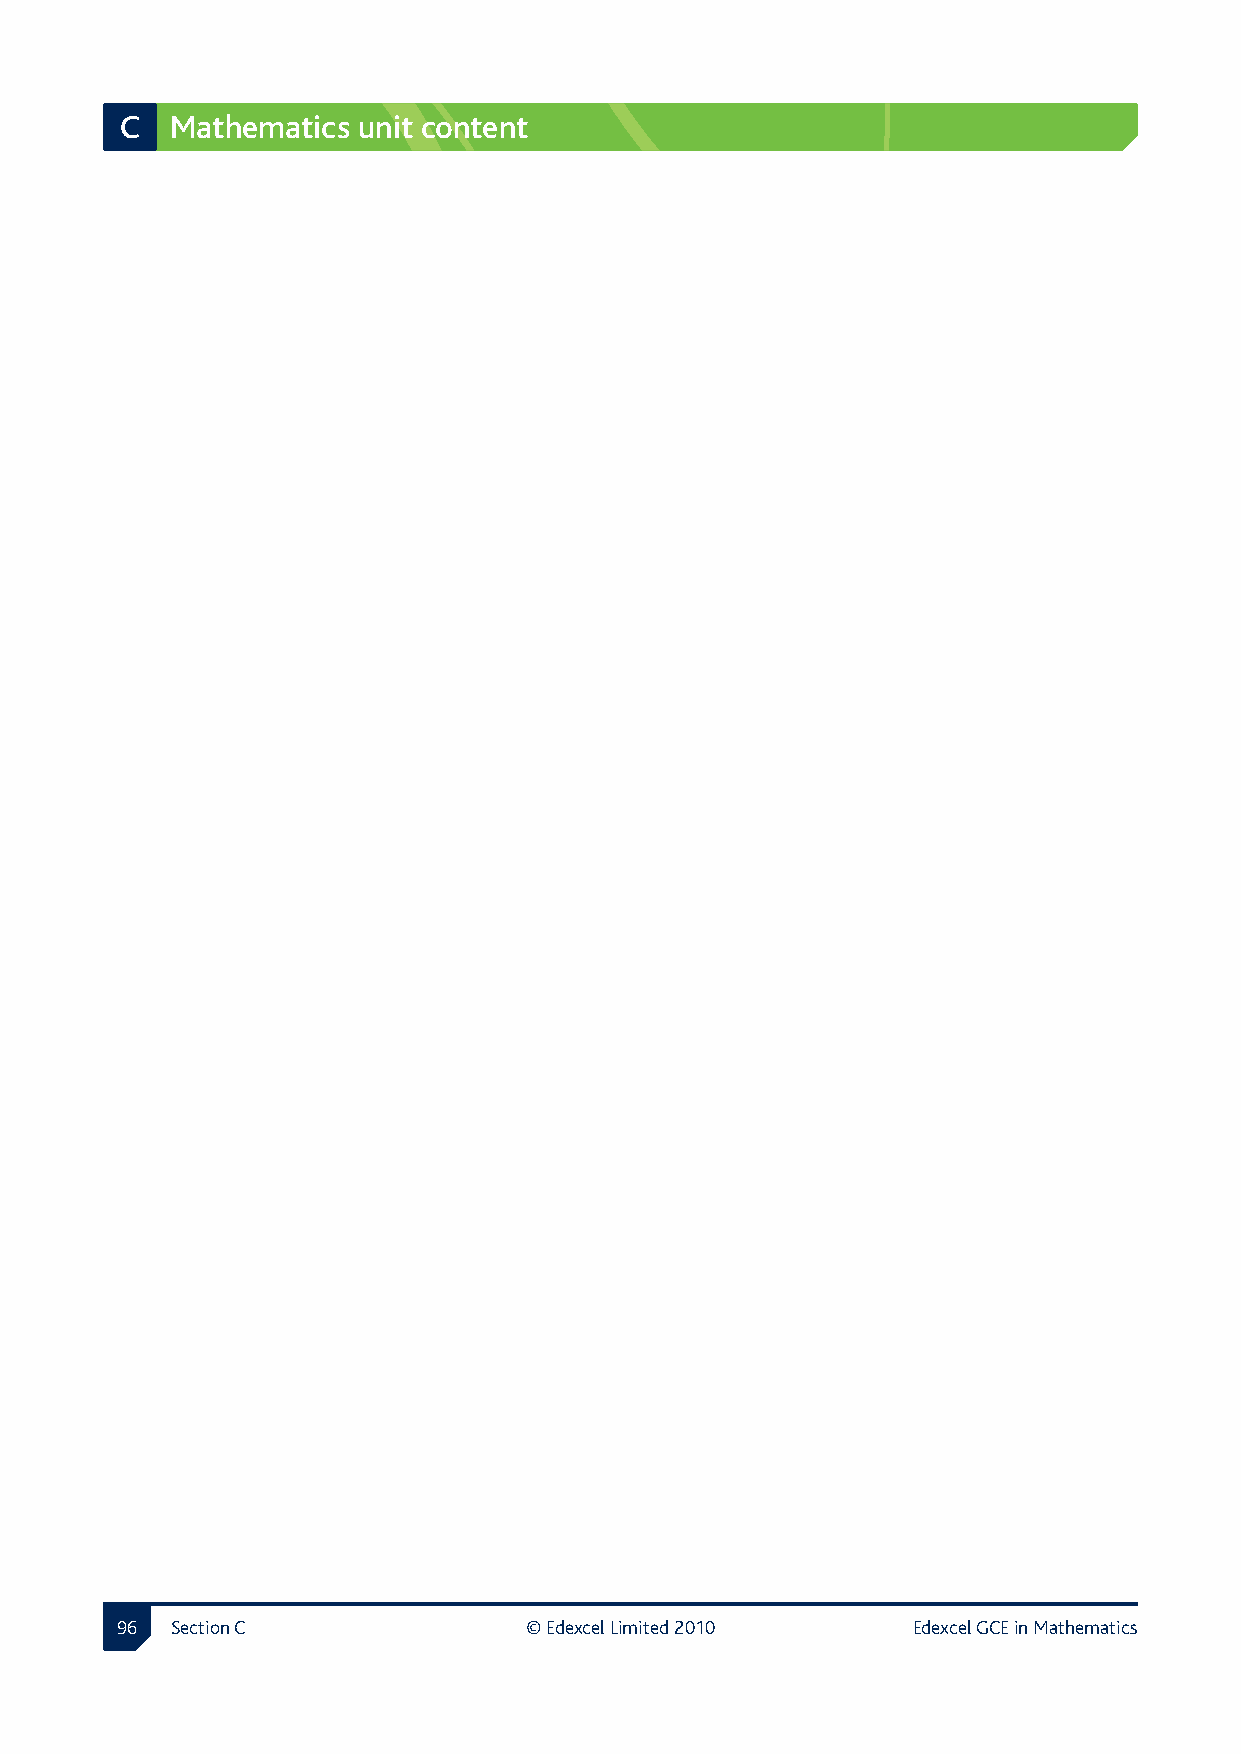
C  Mathematics  unit content
  Section C               © Edexcel Limited 2010   Edexcel GCE in Mathematics